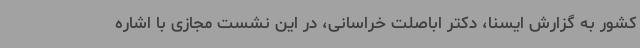
کشور به گزارش ایسنا، دکتر اباصلت خراسانی، در این نشست مجازی با اشاره